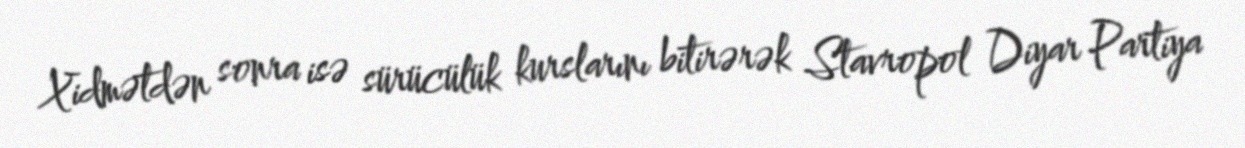
Xidmətdən sonra isə sürücülük kurslarını bitirərək Stavropol Diyar Partiya